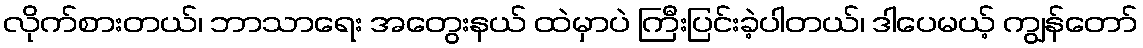
လိုက်စားတယ်၊ ဘာသာရေး အတွေးနယ် ထဲမှာပဲ ကြီးပြင်းခဲ့ပါတယ်၊ ဒါပေမယ့် ကျွန်တော်